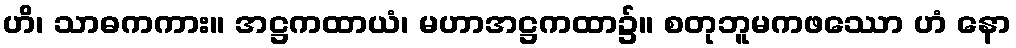
ဟိ၊ သာဓကကား။ အဋ္ဌကထာယံ၊ မဟာအဋ္ဌကထာ၌။ စတုဘူမကဖဿော ဟံ နော